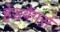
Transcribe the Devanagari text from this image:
हेडबैंगर्स